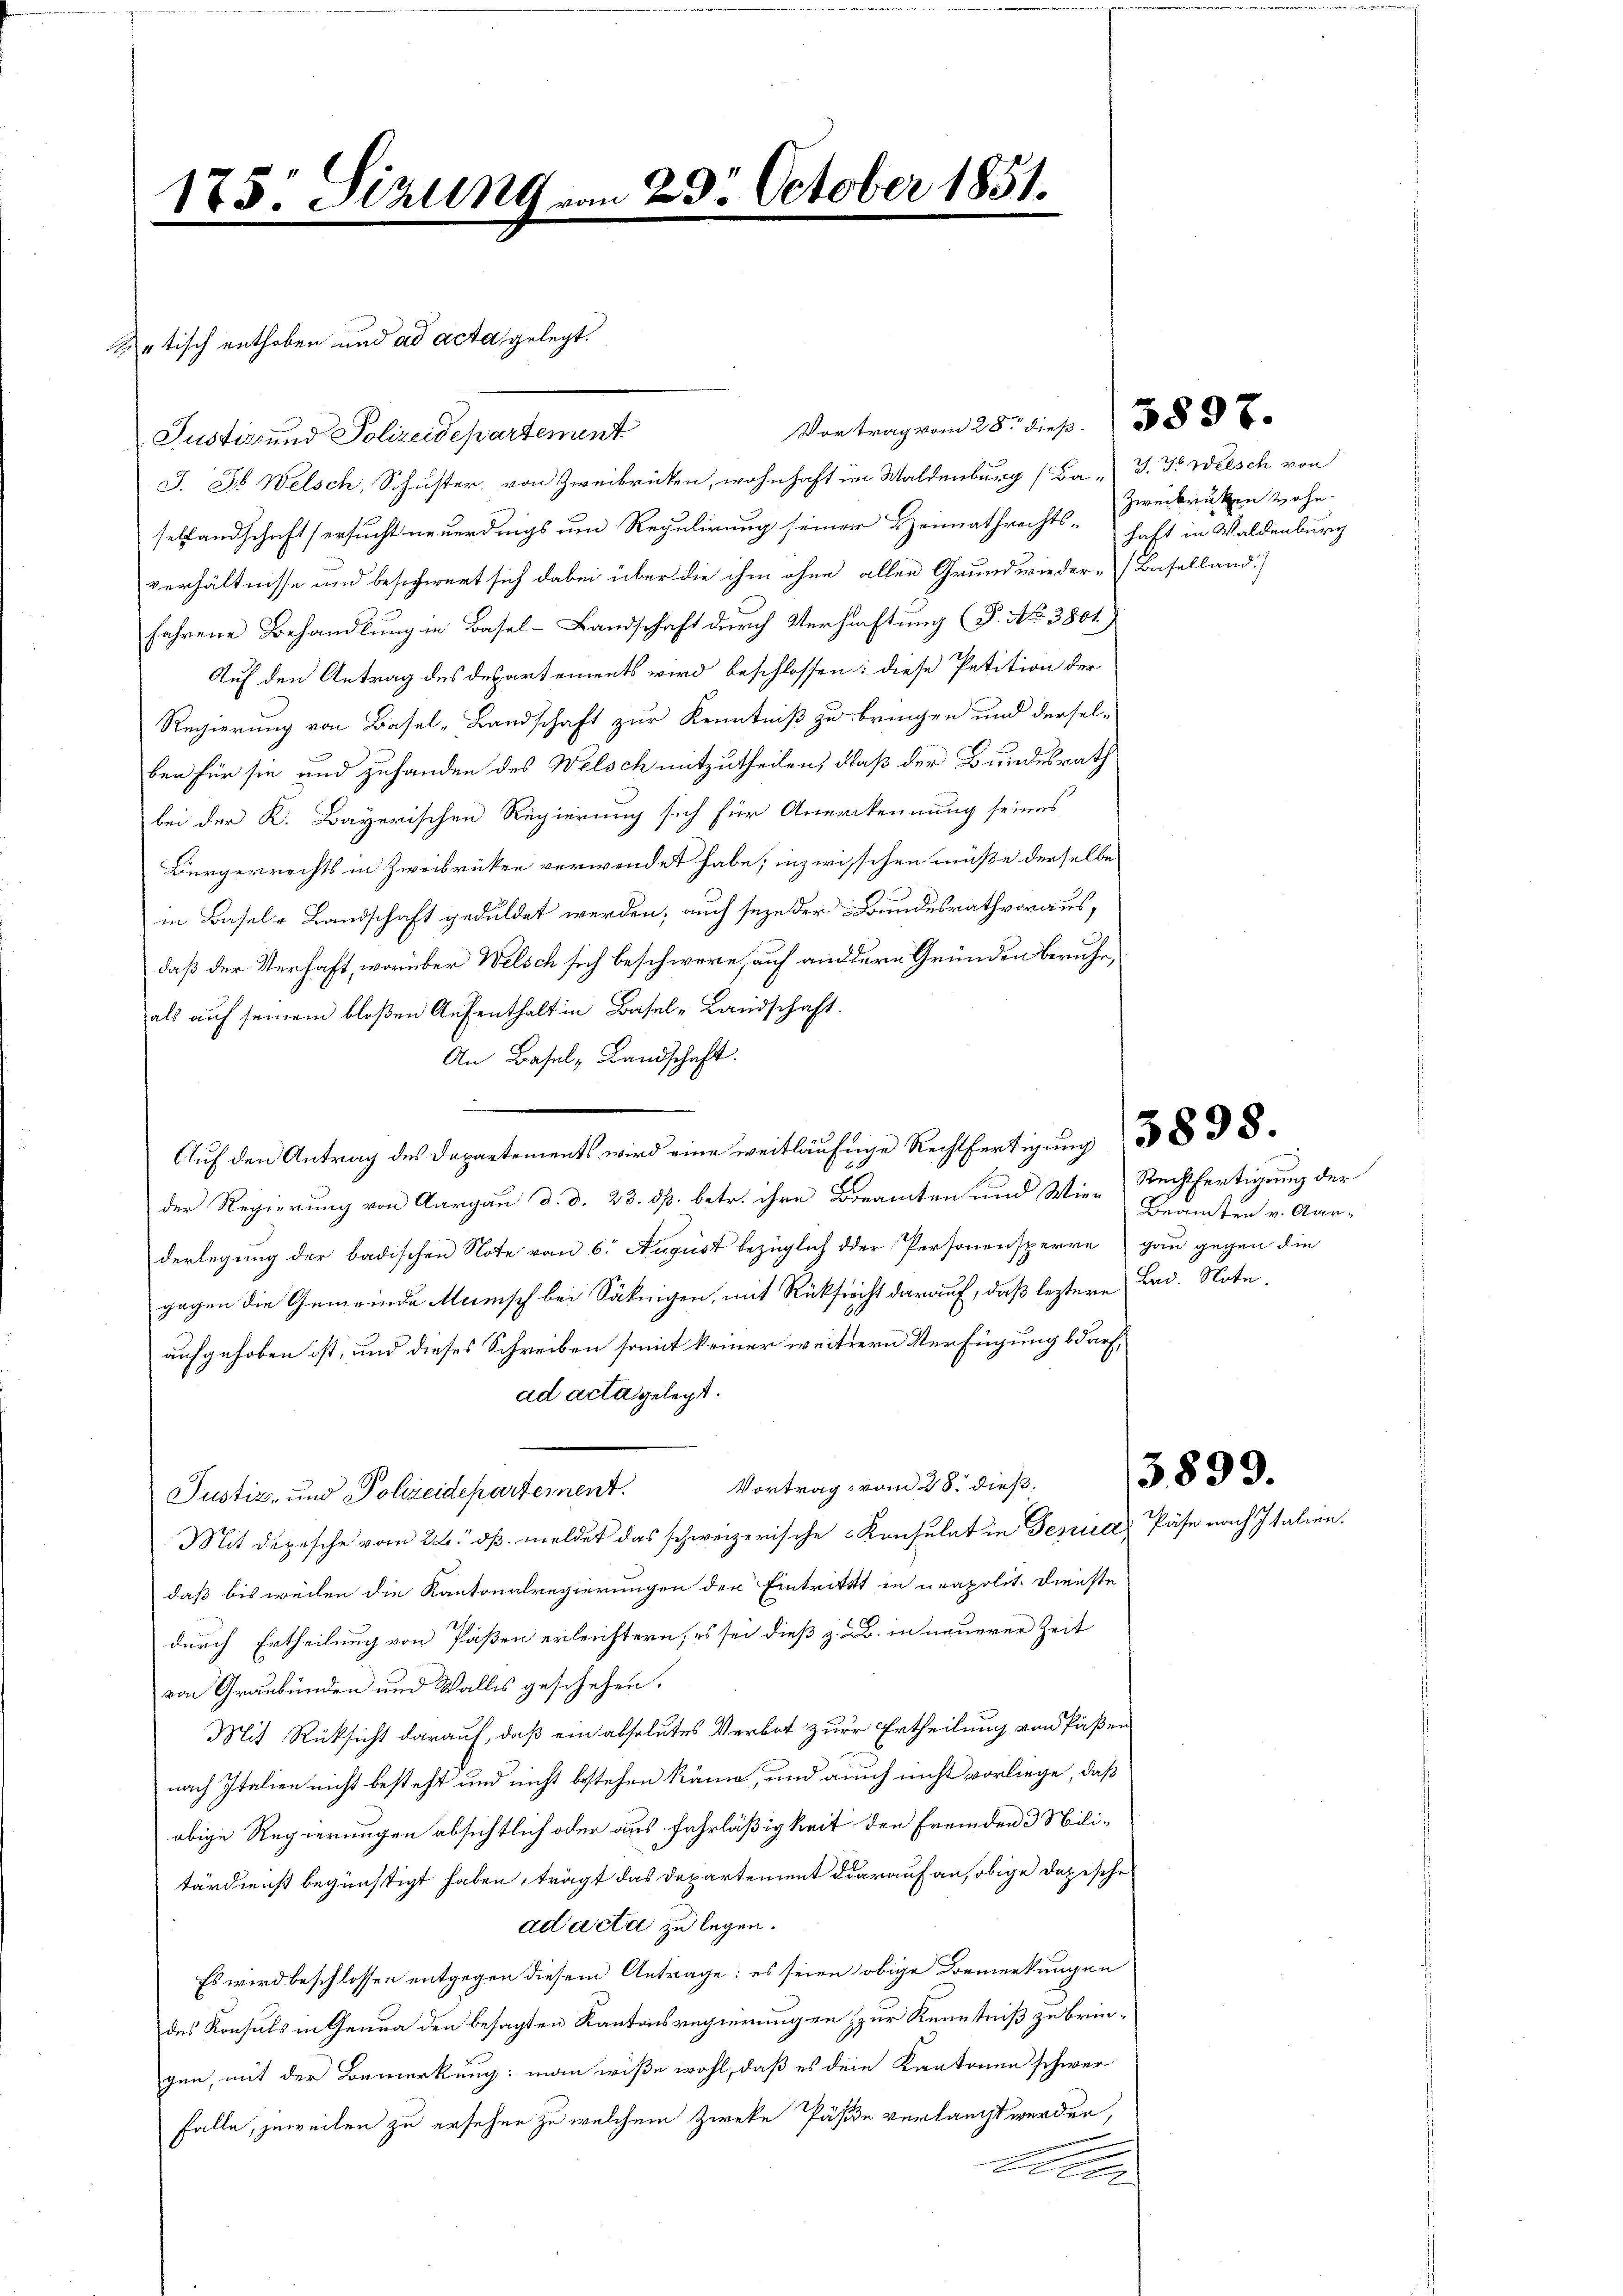
1
.

Zatisch enthoben und ad acta gelegt.
Justiz und Polizeidepartement
J. J. Welsch, Schuster, von Zweibricken, wohnhaft im Waldenburg [Ba- J. J. Welsch von
sellandschaft ersucht neuerdings um Regulirung seiner Heimathrechtsverhältnisse und beschwert sich dabei über die ihm ohne allen Grundwieder-Baselland)
fahrene Behandlung in Basel-Landschaft durch Verhaftung P. Nr. 3861)
Auf den Antrag des Departements wird beschlossen: diese Petition der
Regierung von Basel-Landschaft zur Kenntniß zu bringen und dersel-
ber für sie und zuhanden des Welsch mitzutheilen, daß der Bundesrath
bei der K. Bayerischen Regierung sich für Anerkennung seines
Bürgerrechts in Zweibrücken verwendet habe; inzwischen müße derselbe
in Basel- Landschaft geduldet werden; auch seze der Bundesrath voraus,
daß der Verhaft, worüber Welsch sich beschwere, auf andern Gründen beruhe,
als auf seinem bloßen Aufenthalt in Basel-Landschaft.
An Basel, Landschaft.
a
Aŭf den Antrag des Departements wird eine weitläufige Rechtfertigŭng 383 S.
der Regierung von Aargau d. d. 23. dß. betr. ihre Beamten und Wie-Rechtfertigung der
derlegung der badischen Note von 6. August bezüglich der Personensperre gan gegen die
gegen die Gemeinde Meinisch bei Säknigen, mit Rücksicht darauf, daß leztere
aufgehoben ist, und dieses Schreiben somit keiner weitern Verfügung bedarf,
ad acta gelegt.
Vortrag vom 28. dieß.
Justiz- und Polizeidepartement.
Mit Depesche vom 24. dß. meldet das schweizerische Konsulat in Genua Päse nach Italien.
daß bis weilen die Kantonalregierungen der Eintritt in unapolit. Dienste
durch Ertheilung von Paßen erleichtern, es sei dieß z. B. in neuerer Zeit
von Graubünden und Walles geschehen.
Mit Rücksicht darauf, daß ein absolutes Verbot zur Ertheilung von Päßen
nach Italien nicht besteht und nicht bestehen kann, und auch nicht vorliege, daß
obige Regierungen absichtlich oder aus Fahrläßigkeit den Fremden 3 Militärdienst begünstigt haben, trägt das Departement darauf an, obige dazusehe
ad acta zu legen.
Es wird beschlossen entgegen diesem Antrage: es seien obige Bemerkungen
des Konsuls in Genua den besagten Kantonsregierungen zur Kenntniß zu bringen, mit der Bemerkung: man wiße wohl, daß es dein Kantonen schwer
falle, jeweilen zu ersehen zu welchem Zweke Päße verlangt werden,
Ader

75: Sizung.

vor

23 October 1851.

Vortrag vom 28. dieß. 388 x

Zweibrücken wohn
haft in Waldenburg

Beamten v. Aar¬
Bad. Note.

5899.